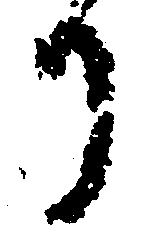
り